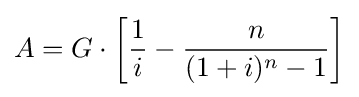
A=G\cdot \left[{\frac {1}{i}}-{\frac {n}{(1+i)^{n}-1}}\right]